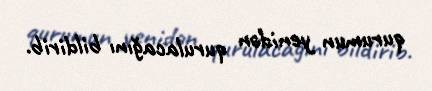
qurumun yenidən qurulacağını bildirib.